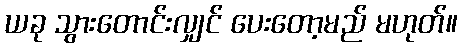
ယခု သွားတောင်းလျှင် ပေးတော့မည် မဟုတ်။